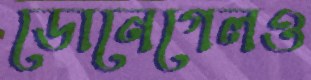
ডোনেগেলও